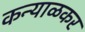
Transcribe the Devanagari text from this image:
कन्याळकर